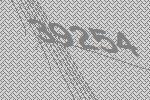
39254